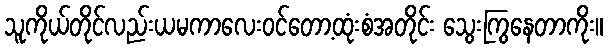
သူကိုယ်တိုင်လည်းယမကာလေးဝင်တော့ထုံးစံအတိုင်း သွေးကြွနေတာကိုး။